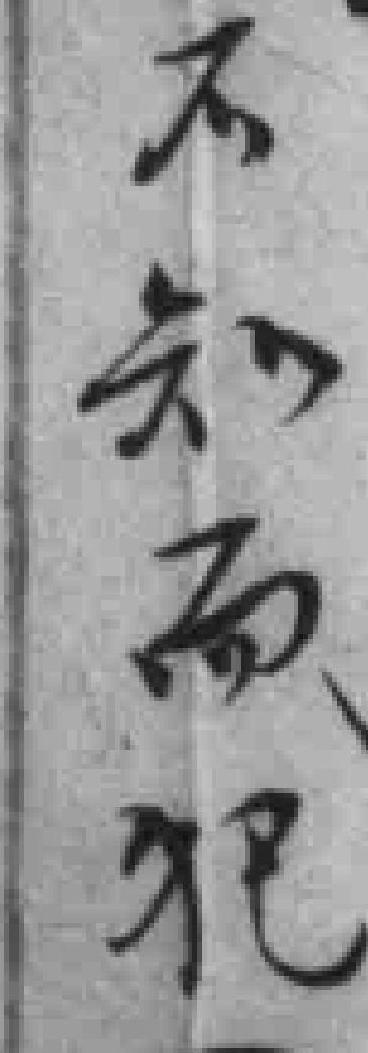
不知而犯